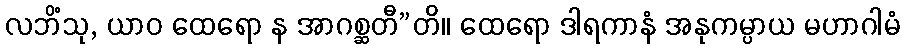
လဘိံသု, ယာဝ ထေရော န အာဂစ္ဆတီ”တိ။ ထေရော ဒါရကာနံ အနုကမ္ပာယ မဟာဂါမံ